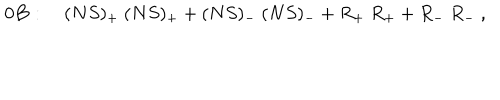
LaTeX: { \bf 0 B } : \quad ( N S ) _ { + } \ ( N S ) _ { + } + ( N S ) _ { - } \ ( N S ) _ { - } + R _ { + } \ R _ { + } + R _ { - } \ R _ { - } \ ,